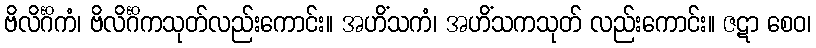
ဗိလိင်္ဂိကံ၊ ဗိလိင်္ဂိကသုတ်လည်းကောင်း။ အဟိံသကံ၊ အဟိံသကသုတ် လည်းကောင်း။ ဇဋာ စေဝ၊